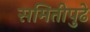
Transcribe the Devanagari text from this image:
समितीपुढे